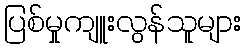
ပြစ်မှုကျူးလွန်သူများ